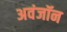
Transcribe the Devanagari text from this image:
अवंजॉन